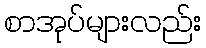
စာအုပ်များလည်း